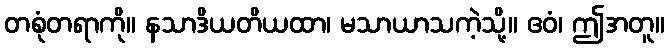
တစုံတရာကို။ နသာဒိယတိယထာ၊ မသာယာသကဲ့သို့။ ဧဝံ၊ ဤအတူ။